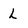
Character: L